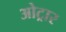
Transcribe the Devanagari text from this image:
ओट्रार